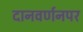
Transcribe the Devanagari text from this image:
दानवर्णनपर